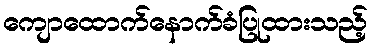
ကျောထောက်နောက်ခံပြုထားသည့်